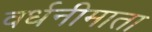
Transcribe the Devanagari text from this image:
वर्धनीमाता